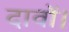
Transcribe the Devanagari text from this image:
दावों।